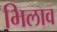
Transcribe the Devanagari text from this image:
भिलाव